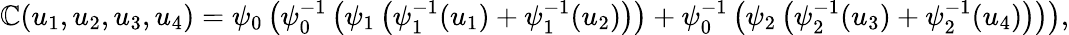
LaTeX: \mathbb{C}(u_{1},u_{2},u_{3},u_{4})=\psi_{0}\left(\psi_{0}^{-1}\left(\psi_{1}\left(\psi_{1}^{-1}(u_{1})+\psi_{1}^{-1}(u_{2})\right)\right)+\psi_{0}^{-1}\left(\psi_{2}\left(\psi_{2}^{-1}(u_{3})+\psi_{2}^{-1}(u_{4})\right)\right)\right),